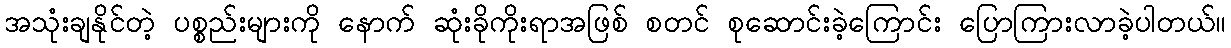
အသုံးချနိုင်တဲ့ ပစ္စည်းများကို နောက် ဆုံးခိုကိုးရာအဖြစ် စတင် စုဆောင်းခဲ့ကြောင်း ပြောကြားလာခဲ့ပါတယ်။